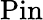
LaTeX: \operatorname{Pin}